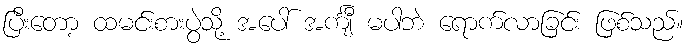
ပြီးတော့ ထမင်းစားပွဲသို့ အပေါ် အင်္ကျီ မပါဘဲ ရောက်လာခြင်း ဖြစ်သည်။